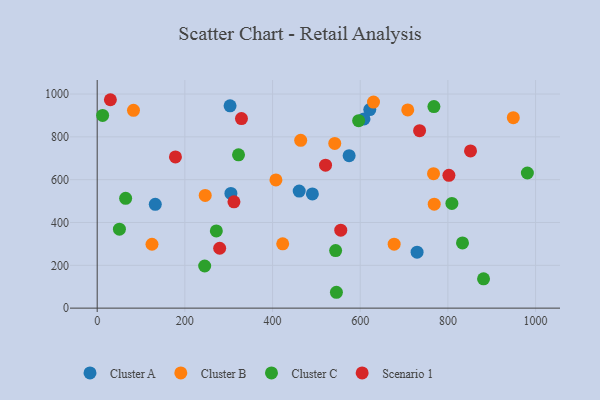
{"axis": {"x": "Experience", "y": "Fuel Efficiency"}, "legend": ["Cluster A", "Cluster B", "Cluster C", "Scenario 1"], "data": [{"x": "608.6", "y": 883.8, "type": "Cluster A"}, {"x": "574.7", "y": 712.0, "type": "Cluster A"}, {"x": "621.8", "y": 927.3, "type": "Cluster A"}, {"x": "460.8", "y": 546.8, "type": "Cluster A"}, {"x": "303.1", "y": 944.9, "type": "Cluster A"}, {"x": "305.0", "y": 535.9, "type": "Cluster A"}, {"x": "729.7", "y": 261.4, "type": "Cluster A"}, {"x": "490.9", "y": 533.6, "type": "Cluster A"}, {"x": "132.5", "y": 484.9, "type": "Cluster A"}, {"x": "949.2", "y": 889.4, "type": "Cluster B"}, {"x": "630.3", "y": 962.3, "type": "Cluster B"}, {"x": "423.2", "y": 300.5, "type": "Cluster B"}, {"x": "708.4", "y": 925.7, "type": "Cluster B"}, {"x": "767.2", "y": 627.8, "type": "Cluster B"}, {"x": "246.4", "y": 526.4, "type": "Cluster B"}, {"x": "125.0", "y": 298.4, "type": "Cluster B"}, {"x": "677.4", "y": 298.6, "type": "Cluster B"}, {"x": "464.2", "y": 783.9, "type": "Cluster B"}, {"x": "82.8", "y": 924.0, "type": "Cluster B"}, {"x": "768.8", "y": 485.3, "type": "Cluster B"}, {"x": "407.7", "y": 598.9, "type": "Cluster B"}, {"x": "541.9", "y": 769.4, "type": "Cluster B"}, {"x": "322.4", "y": 716.2, "type": "Cluster C"}, {"x": "596.4", "y": 875.6, "type": "Cluster C"}, {"x": "545.7", "y": 74.1, "type": "Cluster C"}, {"x": "271.8", "y": 360.6, "type": "Cluster C"}, {"x": "768.1", "y": 941.5, "type": "Cluster C"}, {"x": "981.3", "y": 631.1, "type": "Cluster C"}, {"x": "809.1", "y": 488.9, "type": "Cluster C"}, {"x": "833.3", "y": 304.5, "type": "Cluster C"}, {"x": "12.4", "y": 900.2, "type": "Cluster C"}, {"x": "64.9", "y": 513.0, "type": "Cluster C"}, {"x": "543.9", "y": 268.9, "type": "Cluster C"}, {"x": "881.3", "y": 136.8, "type": "Cluster C"}, {"x": "245.2", "y": 196.7, "type": "Cluster C"}, {"x": "50.7", "y": 368.7, "type": "Cluster C"}, {"x": "329.1", "y": 885.1, "type": "Scenario 1"}, {"x": "279.4", "y": 279.8, "type": "Scenario 1"}, {"x": "312.0", "y": 496.5, "type": "Scenario 1"}, {"x": "520.9", "y": 667.6, "type": "Scenario 1"}, {"x": "735.4", "y": 828.9, "type": "Scenario 1"}, {"x": "802.3", "y": 620.3, "type": "Scenario 1"}, {"x": "30.1", "y": 973.3, "type": "Scenario 1"}, {"x": "178.5", "y": 706.1, "type": "Scenario 1"}, {"x": "851.6", "y": 734.2, "type": "Scenario 1"}, {"x": "555.6", "y": 364.1, "type": "Scenario 1"}]}